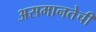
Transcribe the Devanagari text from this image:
असमानतेची